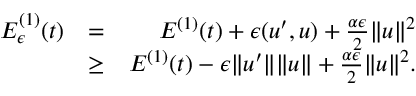
\begin{array} { r l r } { { \cal E } _ { \epsilon } ^ { ( 1 ) } ( t ) } & { = } & { { \cal E } ^ { ( 1 ) } ( t ) + \epsilon ( u ^ { \prime } , u ) + \frac { \alpha \epsilon } { 2 } \| u \| ^ { 2 } } \\ & { \geq } & { { \cal E } ^ { ( 1 ) } ( t ) - \epsilon \| u ^ { \prime } \| \| u \| + \frac { \alpha \epsilon } { 2 } \| u \| ^ { 2 } . } \end{array}